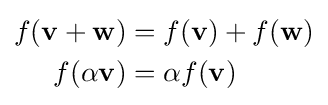
{\begin{aligned}f(\mathbf {v} +\mathbf {w} )&=f(\mathbf {v} )+f(\mathbf {w} )\\f(\alpha \mathbf {v} )&=\alpha f(\mathbf {v} )\end{aligned}}